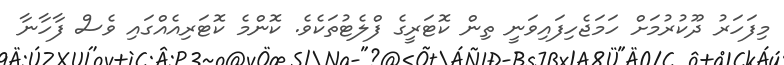
މިފަހަރު ދޫކުރުމަށް ހަމަޖެހިފައިވަނީ ތިން ކޮޓަރީގެ ފްލެޓުތަކެވެ. ކޮންމެ ކޮޓަރިއެއްގައި ވެސް ފާހާނާ